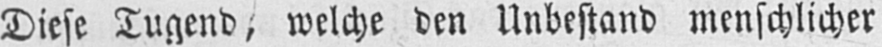
Diese Tugend, welche den Unbestand menschlicher